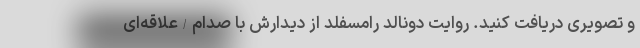
و تصویری دریافت کنید. روایت دونالد رامسفلد از دیدارش با صدام/علاقه‌ای